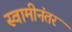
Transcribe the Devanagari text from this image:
स्वामीनंतर